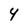
Character: 4